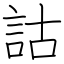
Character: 詁